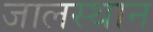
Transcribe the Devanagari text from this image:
जालस्थान